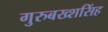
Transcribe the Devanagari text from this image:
गुरुबख्शसिंह